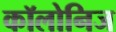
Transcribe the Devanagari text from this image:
कॉलोनिज